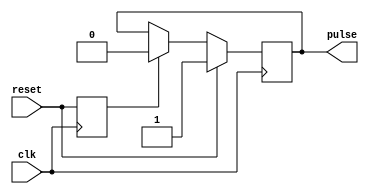
module pulse_generator (
    input wire clk,    // Seal de reloj
    input wire reset,  // Seal de reset
    output reg pulse   // Seal de pulso
);

reg reset_d;  // Flip-flop para detectar flanco ascendente de reset

always @(posedge clk) begin
    if (reset) begin
        pulse <= 1'b1;  // Genera pulso de 1 ciclo
    end else if (reset_d) begin
        pulse <= 1'b0;  // Apaga pulso despus de 1 ciclo
    end
    reset_d <= reset;   // Actualiza flip-flop
end

endmodule